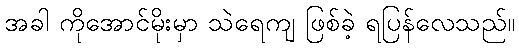
အခါ ကိုအောင်မိုးမှာ သဲရေကျ ဖြစ်ခဲ့ ရပြန်လေသည်။